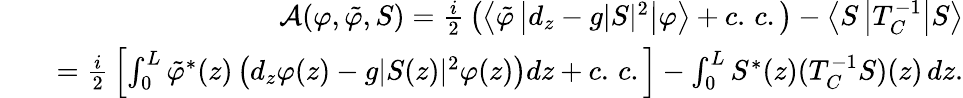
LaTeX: \begin{array}{rlr}&{}&{\mathcal{A}(\varphi,\tilde{\varphi},S)=\frac{i}{2}\, \left(\left\langle\tilde{\varphi}\left\vert d_{z}-g\vert S\vert^{2}\right\vert\varphi\right\rangle+c.\, c.\right)-\left\langle S\left\vert T_{C}^{-1}\right\vert S\right\rangle}\\ &{}&{=\frac{i}{2}\, \left\lbrack\int_{0}^{L}\tilde{\varphi}^{\ast}(z)\left(d_{z}\varphi(z)-g\vert S(z)\vert^{2}\varphi(z)\right)dz+c.\, c.\right\rbrack-\int_{0}^{L}S^{\ast}(z)(T_{C}^{-1}S)(z)\, dz.}\end{array}